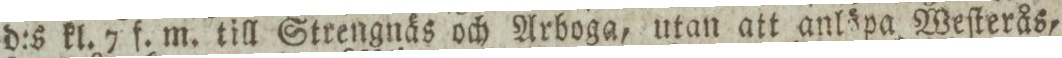
d:s kl. 7 f. m. till Strengnäs och Arboga, utan att anlöpa Weſterås,